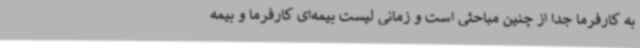
به کارفرما جدا از چنین مباحثی است و زمانی لیست بیمه‌ای کارفرما و بیمه